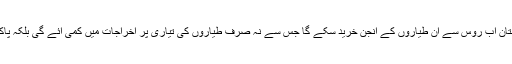
چین کی جانب سے این اوسی ملنے پر پاکستان اب روس سے ان طیاروں کے انجن خرید سکے گا جس سے نہ صرف طیاروں کی تیاری پر اخراجات میں کمی آئے گی بلکہ پاک روس دفاعی تعاون کوبھی فروغ ملے گا۔